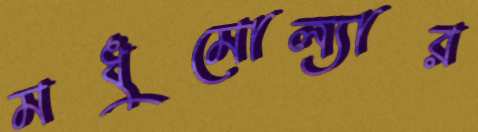
মধুমোল্যার